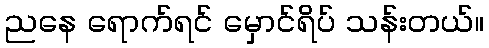
ညနေ ရောက်ရင် မှောင်ရိပ် သန်းတယ်။